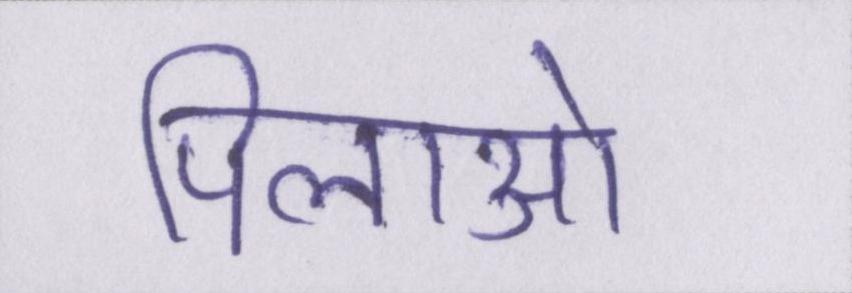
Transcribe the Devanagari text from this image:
पिलाओ